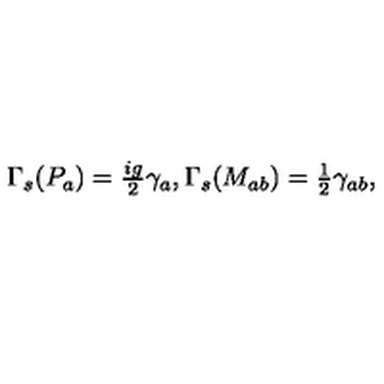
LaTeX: \Gamma _ { s } ( P _ { a } ) = { \textstyle \frac { i g } { 2 } } \gamma _ { a } , \Gamma _ { s } ( M _ { a b } ) = { \textstyle \frac { 1 } { 2 } } \gamma _ { a b } ,